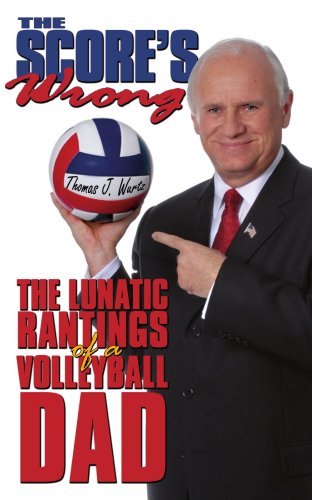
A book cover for The Score's Wrong: The Lunatic Rantings of a Volleyball Dad; Thomas Wurtz; Sports & Outdoors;